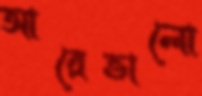
আরেভালো